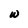
Character: w